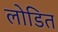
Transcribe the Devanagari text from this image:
लोडित